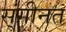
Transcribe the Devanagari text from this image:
स्ंगीनत